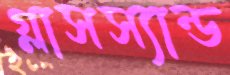
গ্লাসস্যান্ড